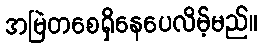
အမြဲတစေရှိနေပေလိမ့်မည်။